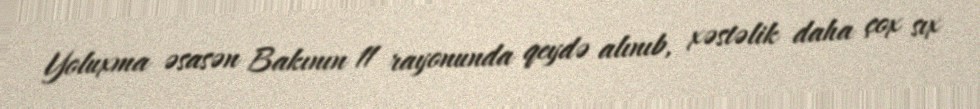
Yoluxma əsasən Bakının 11 rayonunda qeydə alınıb, xəstəlik daha çox sıx